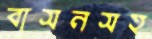
বাসনসহ